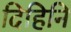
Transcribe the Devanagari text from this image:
दिहिनि